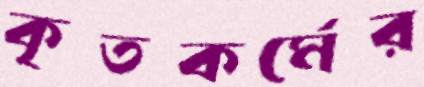
কৃতকর্মের